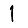
Digit: 1